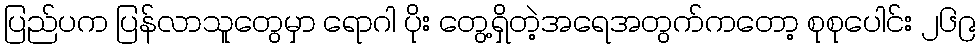
ပြည်ပက ပြန်လာသူတွေမှာ ရောဂါ ပိုး တွေ့ရှိတဲ့အရေအတွက်ကတော့ စုစုပေါင်း ၂၆၉